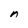
Character: n